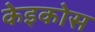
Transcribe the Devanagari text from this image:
केइकोस